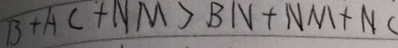
B + A C + N M > B N + N M + N C